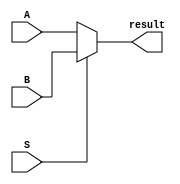
module mux2x1_16bit(
	input [15:0] A, B,
   input S,
   output [15:0] result);
	
   assign result = (S == 1'b0) ? A : B;
	
endmodule